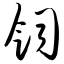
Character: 饲